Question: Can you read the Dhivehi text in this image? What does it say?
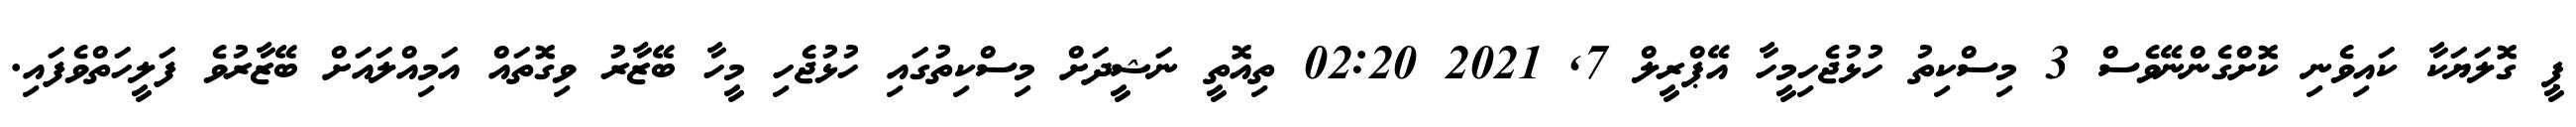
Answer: ޕީ ގޮލަޔަކާ ކައިވެނި ކޮށްގެންނޭވެސް 3 މިސްކިތު ހުޅުޖެހިމީހާ އޭޕްރީލް 7, 2021 02:20 ތިއޮތީ ނަޝީދަށް މިސްކިތުގައި ހުޅުޖެހި މީހާ ބޭޒާރު ވިގޮތައް އަމިއްލައަށް ބޭޒާރުވެ ފަލީހަތްވެފައި.